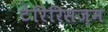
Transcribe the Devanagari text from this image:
टेरिरिसज़म